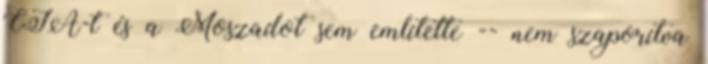
CIA-t és a Moszadot sem említette -- nem szaporítva